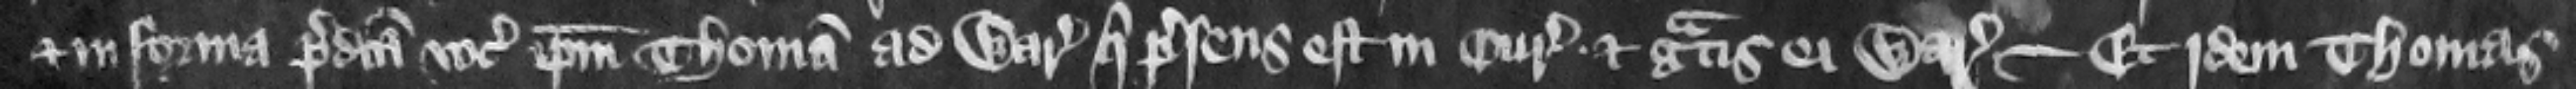
et in forma predicta vocat ipsum Thomam ad Warantum qui presens est in curia. et gratis ei Warantizat. Et idem Thomas